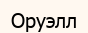
Оруэлл